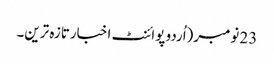
23 نومبر(اُردو پوائنٹ اخبارتازہ ترین۔